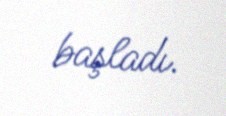
başladı.